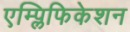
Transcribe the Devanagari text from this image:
एम्प्लिफिकेशन